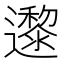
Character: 邌